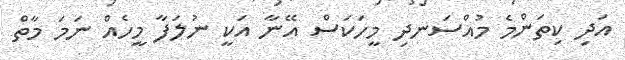
އަދި ކިތަންމެ މުއްސަނދި މީހަކަސް އޭނާ އަކީ ނުލަފާ މީހެއް ނަމަ މާތް